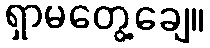
ရှာမတွေ့ချေ။